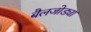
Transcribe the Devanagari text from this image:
बैलजोड्या